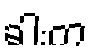
ခါးက